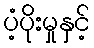
ပံ့ပိုးမှုနှင့်